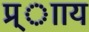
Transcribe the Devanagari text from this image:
प्र्ााय